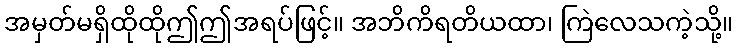
အမှတ်မရှိထိုထိုဤဤအရပ်ဖြင့်။ အဘိကိရတိယထာ၊ ကြဲလေသကဲ့သို့။